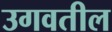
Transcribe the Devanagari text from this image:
उगवतील